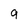
Character: 9